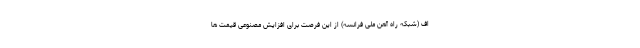
اف (شبکه راه آهن ملی فرانسه) از این فرصت برای افزایش مصنوعی قیمت ها